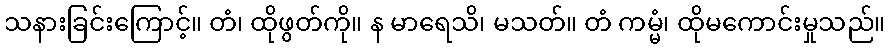
သနားခြင်းကြောင့်။ တံ၊ ထိုဖွတ်ကို။ န မာရေသိ၊ မသတ်။ တံ ကမ္မံ၊ ထိုမကောင်းမှုသည်။